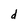
Character: d